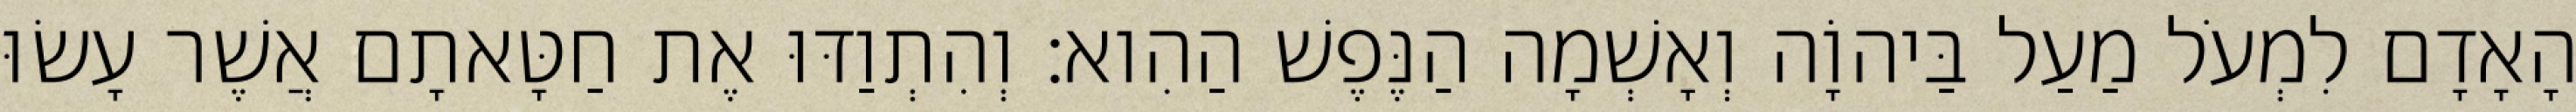
הָאָדָם לִמְעֹל מַעַל בַּיהוָֹה וְאָשְׁמָה הַנֶּפֶשׁ הַהִוא׃ וְהִתְוַדּוּ אֶת חַטָּאתָם אֲשֶׁר עָשׂוּ